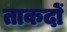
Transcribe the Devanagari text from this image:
ताकदों